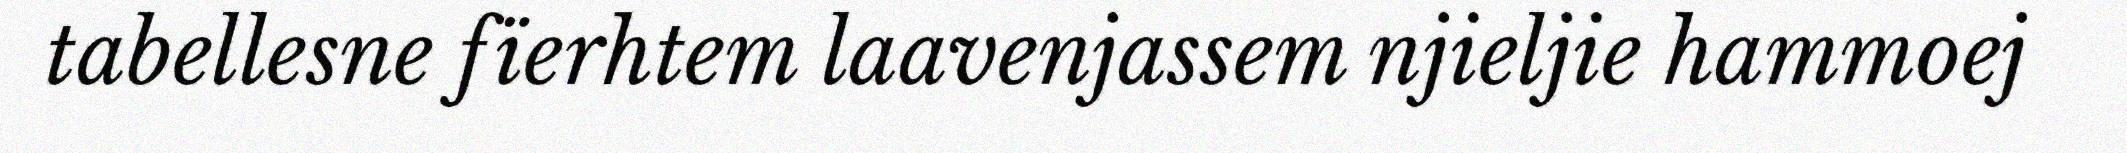
tabellesne fïerhtem laavenjassem njieljie hammoej